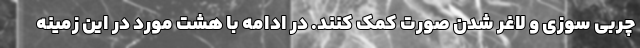
چربی سوزی و لاغر شدن صورت کمک کنند. در ادامه با هشت مورد در این زمینه